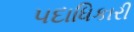
૫દાધિકારી